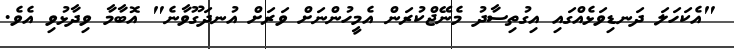
"އެކަހަލަ ދަނޑިވަޅެއްގައި އިގުތިސާދު މެނޭޖްކުރަން އެމީހުންނަށް ވަރަށް އުނދަގޫވާނެ" އޮބާމާ ވިދާޅުވި އެވެ.